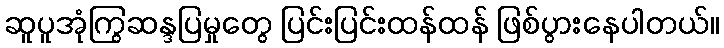
ဆူပူအုံကြွဆန္ဒပြမှုတွေ ပြင်းပြင်းထန်ထန် ဖြစ်ပွားနေပါတယ်။